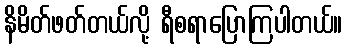
နိမိတ်ဖတ်တယ်လို့ ရီစရာပြောကြပါတယ်။